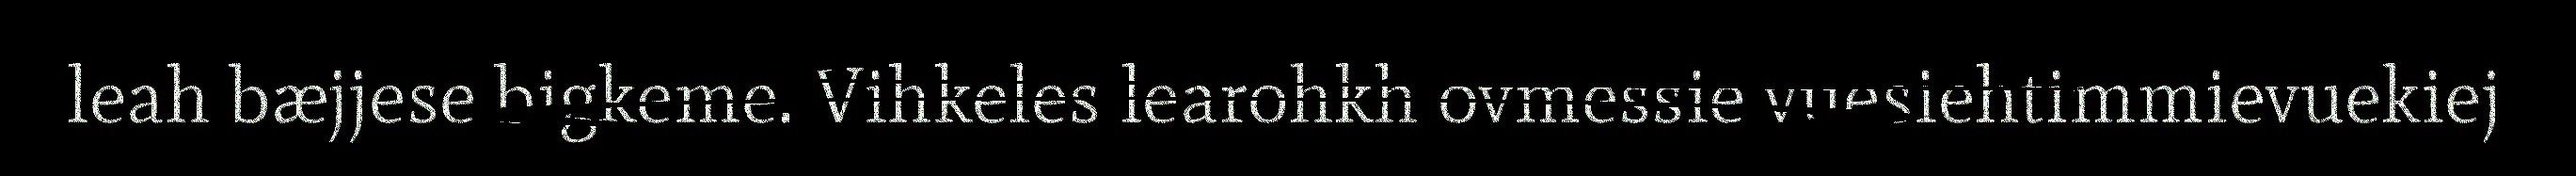
leah bæjjese bigkeme. Vihkeles learohkh ovmessie vuesiehtimmievuekiej